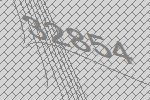
32854